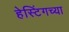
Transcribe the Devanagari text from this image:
हेस्टिंगच्या